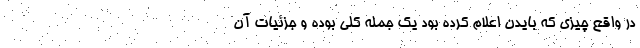
در واقع چیزی که بایدن اعلام کرده بود یک جمله کلی بوده و جزئیات آن